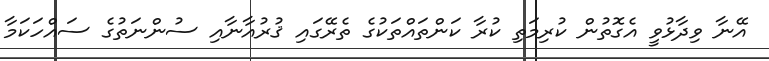
އޭނާ ވިދާޅުވީ އެގޮތުން ކުރިމަތި ކުރާ ކަންތައްތަކުގެ ތެރޭގައި ޤުރުއާނާއި ސުންނަތުގެ ސައްހަކަމާ